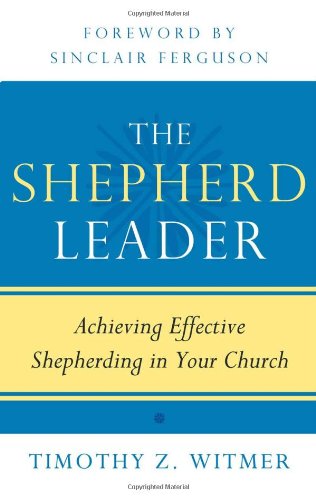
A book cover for The Shepherd Leader: Achieving Effective Shepherding in Your Church; Timothy Z Witmer; Christian Books & Bibles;